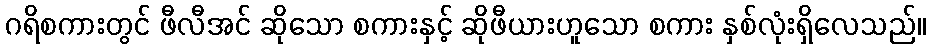
ဂရိစကားတွင် ဖီလီအင် ဆိုသော စကားနှင့် ဆိုဖီယားဟူသော စကား နှစ်လုံးရှိလေသည်။